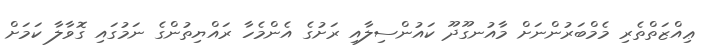
ޢިއްޒަތްތެރި މެމްބަރުންނަށް މާއުނގޫދޫ ކައުންސިލާއި ރަށުގެ އެންމެހާ ރައްޔިތުންގެ ނަމުގައި ގޮވާލާ ކަމަށް